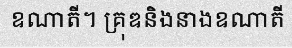
ឧណាតី។ គ្រុឌនិងនាងឧណាតី